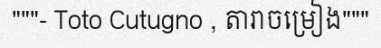
"""- Toto Cutugno , តារាចម្រៀង"""